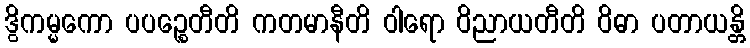
ဒွိကမ္မကော ပပဉ္စေတီတိ ကတမာနီတိ ဝါရော ဝိညာယတီတိ ဝိဓာ ပတာယန္တိ